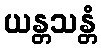
ယန္တသန္တံ